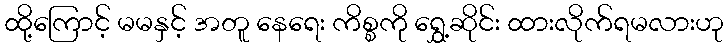
ထို့ကြောင့် မမနှင့် အတူ နေရေး ကိစ္စကို ရွှေ့ဆိုင်း ထားလိုက်ရမလားဟု